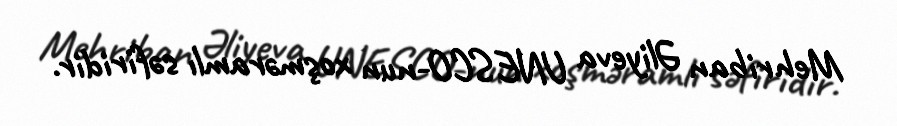
Mehriban Əliyeva UNESCO-nun xoşməramlı səfiridir.